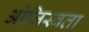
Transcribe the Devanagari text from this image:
ओजिस्वता